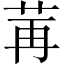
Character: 𫇶